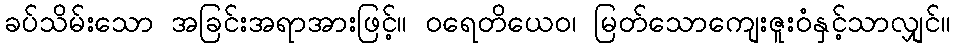
ခပ်သိမ်းသော အခြင်းအရာအားဖြင့်။ ဝရေတိယေဝ၊ မြတ်သောကျေးဇူးဝံနှင့်သာလျှင်။